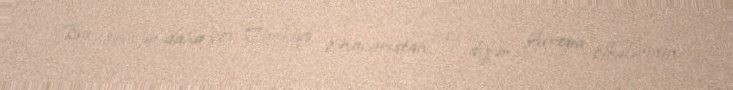
Bu şəxslər daha çox Türkiyə, Macarıstan, və digər Avropa ölkələrinin